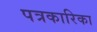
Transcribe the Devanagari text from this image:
पत्रकारिका